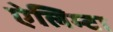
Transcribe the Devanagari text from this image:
ऐलिम्टा